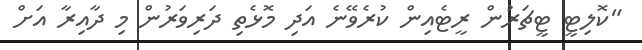
"ކޮލިޓީ ޓީޗަރުން ރީޓެއިން ކުރެވޭނެ އަދި މޮޅެތި ދަރިވަރުން މި ދާއިރާ އަށް